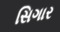
સિગાર